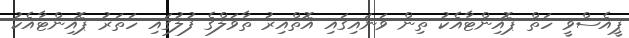
ޕީއެސްވީ ހަތް ޕޮއިންޓާއެކު ތިން ވަނައިގައި އޮތްއިރު ތާވަލްގެ ފުލުގައި ހަތަރު ޕޮއިންޓާއެކު